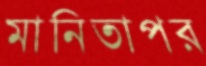
মানিতাপর